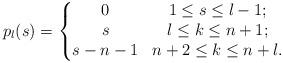
LaTeX: \begin{align*}{p_l}(s)=\left\{\begin{matrix} 0& 1\leq s\leq l-1;\\s & l\leq k\leq n+1;\\s-n-1 & n+2\leq k\leq n+l.\end{matrix}\right.\end{align*}